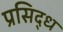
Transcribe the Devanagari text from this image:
प्रसिद्‍ध